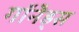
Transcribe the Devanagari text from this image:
गॉनैड्स